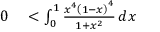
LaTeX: \begin{array} { r l r l } { 0 } & { { } < \int _ { 0 } ^ { 1 } { \frac { x ^ { 4 } \left( 1 - x \right) ^ { 4 } } { 1 + x ^ { 2 } } } \, d x } \end{array}